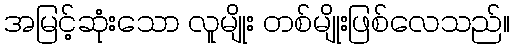
အမြင့်ဆုံးသော လူမျိုး တစ်မျိုးဖြစ်လေသည်။